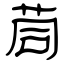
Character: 茼